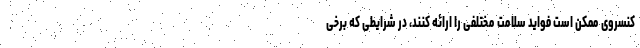
کنسروی ممکن است فواید سلامت مختلفی را ارائه کنند، در شرایطی که برخی